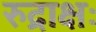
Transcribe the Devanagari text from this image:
रुद्राक्षः